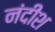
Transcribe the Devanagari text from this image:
नंदीश